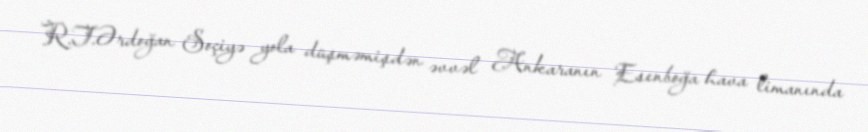
R.T.Ərdoğan Soçiyə yola düşməmişdən əvvəl Ankaranın Esenboğa hava limanında